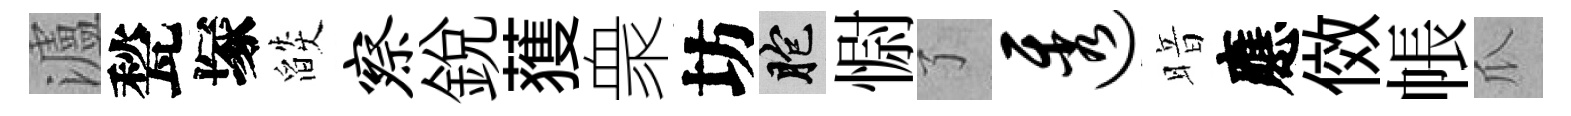
瀘甃塚燄察銳𫉬衆坊胞𢠢了透暗應傚帳瓜